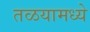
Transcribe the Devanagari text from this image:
तळयामध्ये